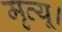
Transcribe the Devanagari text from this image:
मृत्यू।